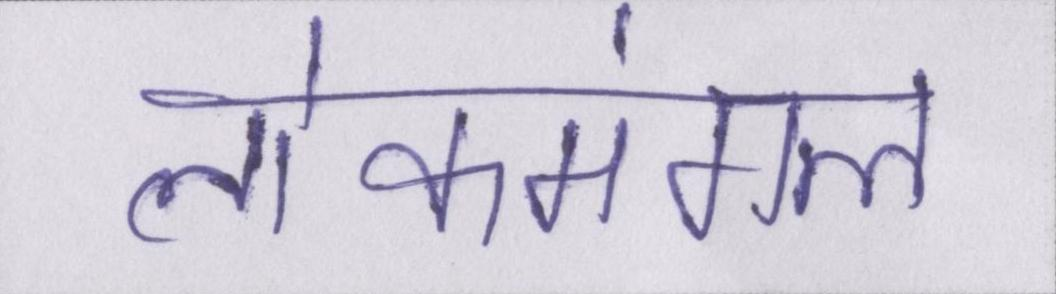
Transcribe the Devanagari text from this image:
लोकमंगल